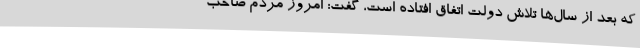
که بعد از سال‌ها تلاش دولت اتفاق افتاده است، گفت: امروز مردم صاحب